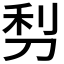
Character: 𠜣